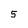
Character: 5